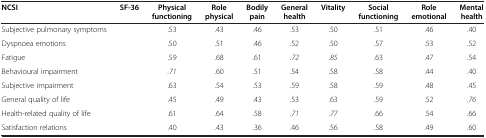
<table><thead><tr><td><b>NCSI</b></td><td><b>SF-36</b></td><td><b>Physical functioning</b></td><td><b>Role physical</b></td><td><b>Bodily pain</b></td><td><b>General health</b></td><td><b>Vitality</b></td><td><b>Social functioning</b></td><td><b>Role emotional</b></td><td><b>Mental health</b></td></tr></thead><tbody><tr><td>Subjective pulmonary symptoms</td><td> </td><td>.53</td><td>.43</td><td>.46</td><td>.53</td><td>.50</td><td>.51</td><td>.46</td><td>.40</td></tr><tr><td>Dyspnoea emotions</td><td> </td><td>.50</td><td>.51</td><td>.46</td><td>.52</td><td>.50</td><td>.57</td><td>.53</td><td>.52</td></tr><tr><td>Fatigue</td><td> </td><td>.59</td><td>.68</td><td>.61</td><td><i>.72</i></td><td><i>.85</i></td><td>.63</td><td>.47</td><td>.54</td></tr><tr><td>Behavioural impairment</td><td> </td><td><i>.71</i></td><td>.60</td><td>.51</td><td>.54</td><td>.58</td><td>.58</td><td>.44</td><td>.40</td></tr><tr><td>Subjective impairment</td><td> </td><td>.63</td><td>.54</td><td>.53</td><td>.59</td><td>.58</td><td>.59</td><td>.48</td><td>.45</td></tr><tr><td>General quality of life</td><td> </td><td>.45</td><td>.49</td><td>.43</td><td>.53</td><td>.63</td><td>.59</td><td>.52</td><td><i>.76</i></td></tr><tr><td>Health-related quality of life</td><td> </td><td>.61</td><td>.64</td><td>.58</td><td><i>.71</i></td><td><i>.77</i></td><td>.66</td><td>.54</td><td>.66</td></tr><tr><td>Satisfaction relations</td><td> </td><td>.40</td><td>.43</td><td>.36</td><td>.46</td><td>.56</td><td>.58</td><td>.49</td><td>.60</td></tr></tbody></table>